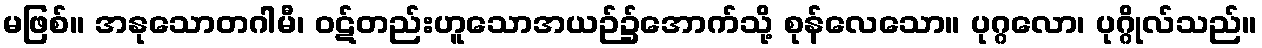
မဖြစ်။ အနုသောတဂါမီ၊ ဝဋ်တည်းဟူသောအယဉ်၌အောက်သို့ စုန်လေသော။ ပုဂ္ဂလော၊ ပုဂ္ဂိုလ်သည်။